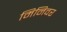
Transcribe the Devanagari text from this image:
मिनिवर